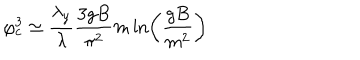
\varphi _ { c } ^ { 3 } \simeq \frac { \lambda _ { y } } { \lambda } \frac { 3 g B } { \pi ^ { 2 } } m \ln \left( \frac { g B } { m ^ { 2 } } \right)